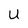
Character: U